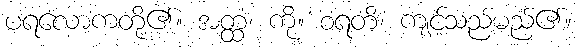
ပရလောကတို့၏။ အတ္ထံ၊ ကို။ စရတိ၊ ကျင့်သည်မည်၏။